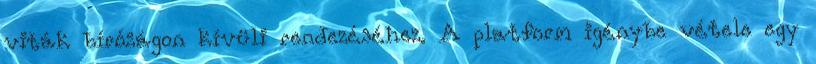
viták bíróságon kívüli rendezéséhez. A platform igénybe vétele egy